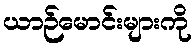
ယာဉ်မောင်းများကို